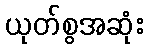
ယုတ်စွအဆုံး